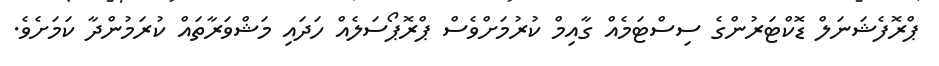
ޕްރޮފެޝަނަލް ޑޮކްޓަރުންގެ ސިސްޓަމެއް ގާއިމް ކުރުމަށްވެސް ޕްރޮޕޯސަލެއް ހަދައި މަޝްވަރާތައް ކުރަމުންދާ ކަމަށެވެ.